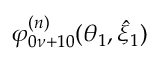
\varphi _ { 0 \nu + 1 0 } ^ { ( n ) } ( \theta _ { 1 } , \hat { \xi } _ { 1 } )